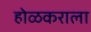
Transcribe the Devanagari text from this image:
होळकराला